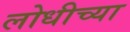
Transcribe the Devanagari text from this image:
लोधीच्या